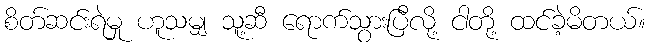
စိတ်ဆင်းရဲမှု ဟူသမျှ သူ့ဆီ ရောက်သွားပြီလို့ ငါတို့ ထင်ခဲ့မိတယ်။